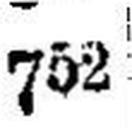
752